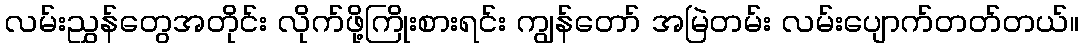
လမ်းညွှန်တွေအတိုင်း လိုက်ဖို့ကြိုးစားရင်း ကျွန်တော် အမြဲတမ်း လမ်းပျောက်တတ်တယ်။